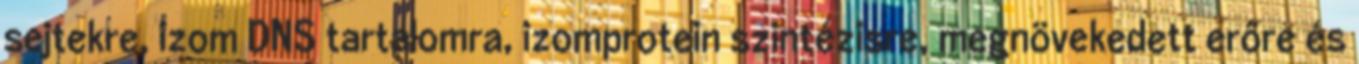
sejtekre, izom DNS tartalomra, izomprotein szintézisre, megnövekedett erőre és